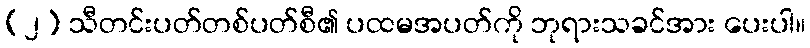
(၂) သီတင်းပတ်တစ်ပတ်စီ၏ ပထမအပတ်ကို ဘုရားသခင်အား ပေးပါ။